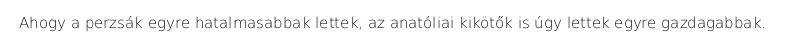
Ahogy a perzsák egyre hatalmasabbak lettek, az anatóliai kikötők is úgy lettek egyre gazdagabbak.